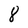
Character: 8